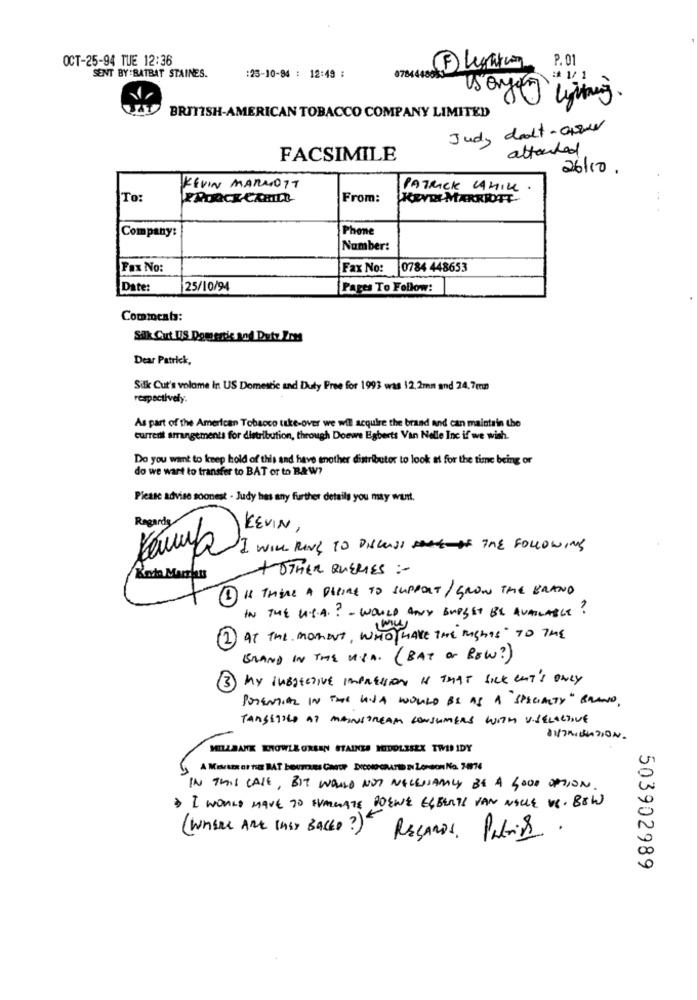
OCT-25-94 TUE 12:36
F Legatum 8.01
SENT BY BATBAT STAINES.
:25-10-94 : 12:49 :
078444
BRITISH-AMERICAN TOBACCO COMPANY LIMITED
engelytong.
Judy doct-over
attached
FACSIMILE
26/10 .
KEVIN MARMOTT
PATRICK CAHILL
To:
From:
KENDI MARRIOTT
..
Company:
Phone
Number:
Fax No:
Fax No:
0784 448653
Date:
25/10/94
Pages To Follow:
Comments:
Silk Cut US Domestic and Duty Znes
Dear Patrick,
Silk Cut's volome in US Domestic and Duty Free for 1993 was 12,2mm and 24,7mm
respectively.
As part of the American Tobacco take-over we will acquire the brand and can maintain the
current arrangements for distribution, through Doewe Egberts Van Nelle Inc if we wish.
Do you want to keep hold of this and have another distributor to look at for the time being or
do we want to transfer to BAT or to BAW?
Please advise soonest - Judy has any further details you may want.
Regards
-
KEVIN
I WILL RING TO DISCUSS THE FOLLOWING
+OTHER QUERIES :-
IS THERE A PHIRE TO SUPPORT /GROW THE BRAND
IN THE U.S.A .? - WOULD ANY BUDGET BE AVAILABLE?
AT THE moment, WHO MAKE THE Rights To THE
BRAND IN THE USA. (BAT Or ROW?)
3
My SUBJEctive menssion is That fick cat's only
POTENTIAL IN THE USA WOULD BE AS A SPECIALTY" BRAND.
TARSETILD AT MAINSTREAM CONSUMERS WITH VISELACTIVE
MILLBANK KNOWLE GREEN STAINES MIDDLESEX THIS IDY
IN THIS CASE, BIT WOULD NOT NECESSARILY BE A GOOD OPTION
I WOULD HAVE TO EVALUATE POENE EGBERTS VAN NELLE VS. BOW
(WHERE ARE InSY BACED?)
Reçaros, Patrick.
503902989